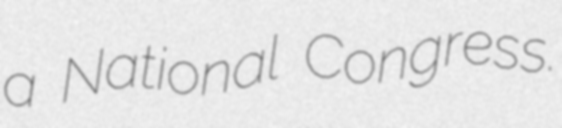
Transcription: a National Congress.